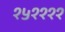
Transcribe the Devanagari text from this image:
१५११११